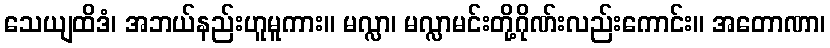
သေယျထိဒံ၊ အဘယ်နည်းဟူမူကား။ မလ္လာ၊ မလ္လာမင်းတို့ဂိုဏ်းလည်းကောင်း။ အတောဏာ၊